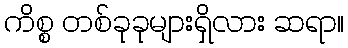
ကိစ္စ တစ်ခုခုများရှိလား ဆရာ။